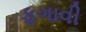
ફગાવી